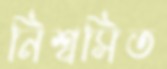
নিশ্বসিত